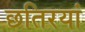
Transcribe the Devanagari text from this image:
छतिरयां